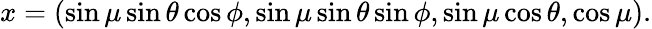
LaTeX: x=\left(\sin\mu\sin\theta\cos\phi,\sin\mu\sin\theta\sin\phi,\sin\mu\cos\theta,\cos\mu\right).